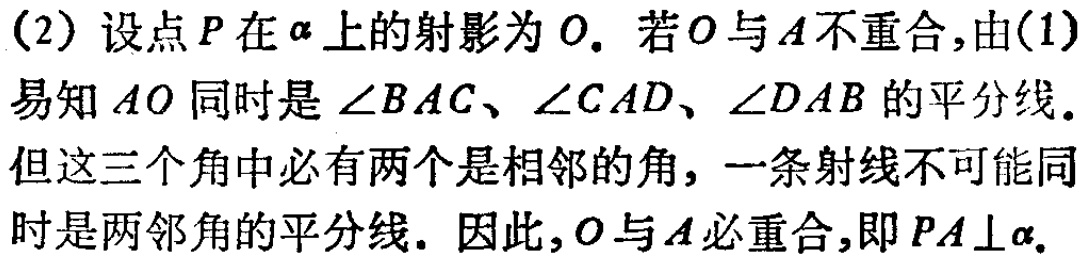
(2) 设点\(P\)在\(\alpha\)上的射影为\(O\). 若\(O\)与\(A\)不重合,由(1)易知\(AO\)同时是\(\angle BAC\)、\(\angle CAD\)、\(\angle DAB\)的平分线. 但这三个角中必有两个是相邻的角, 一条射线不可能同时是两邻角的平分线. 因此,\(O\)与\(A\)必重合,即\(PA\perp\alpha\).